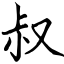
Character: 叔